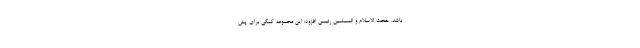
باشد. حجت الاسلام و المسلمین رئیسی افزود: این مجموعه کمکی برای پش